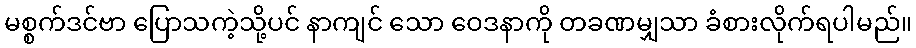
မစ္စက်ဒင်ဗာ ပြောသကဲ့သို့ပင် နာကျင် သော ဝေဒနာကို တခဏမျှသာ ခံစားလိုက်ရပါမည်။